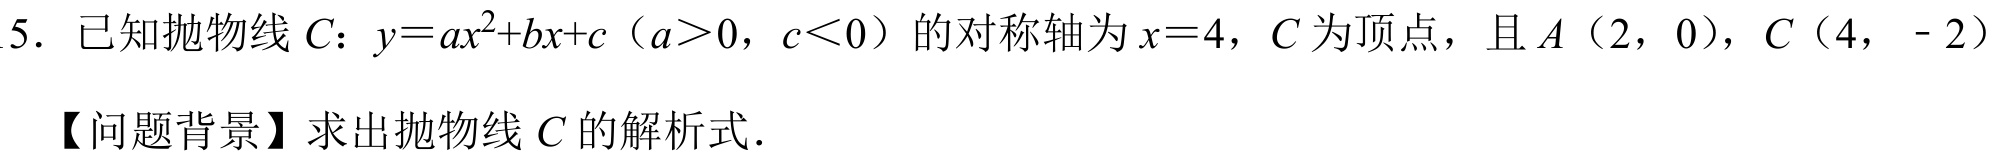
5. 已知抛物线\(C\)：\(y = ax^{2}+bx + c\)（\(a>0\)，\(c<0\)）的对称轴为\(x = 4\)，\(C\)为顶点，且\(A\)（\(2,0\)），\(C\)（\(4,-2\)）
【问题背景】求出抛物线\(C\)的解析式.